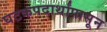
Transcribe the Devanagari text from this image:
घटकपदार्थांपासून